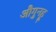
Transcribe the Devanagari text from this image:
औगुनहू